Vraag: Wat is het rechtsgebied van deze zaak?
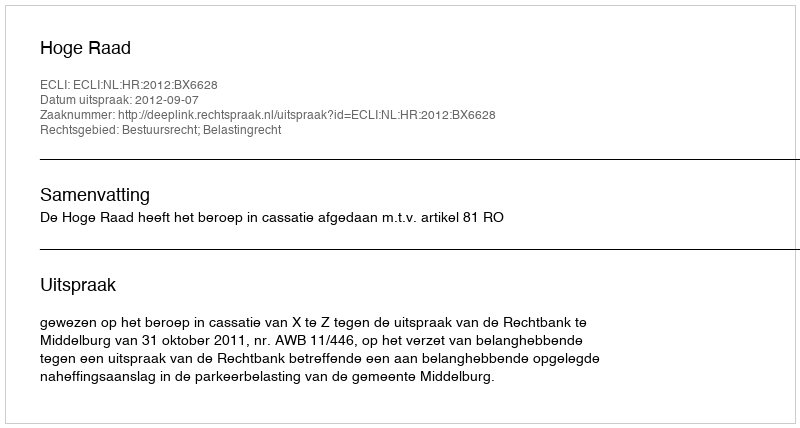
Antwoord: Bestuursrecht; Belastingrecht